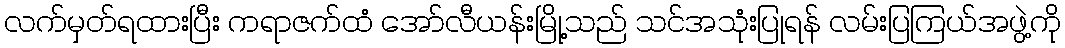
လက်မှတ်ရထားပြီး ကရာဇက်ထံ အော်လီယန်းမြို့သည် သင်အသုံးပြုရန် လမ်းပြကြယ်အဖွဲ့ကို